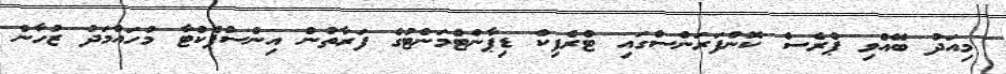
މިއަދު ބޭއްވި ޕްރެސް ކޮންފަރަންސްގައި ޓްރެފިކް ޑިޕާންޓްމަންޓުގެ ފަރާތުން އިންސްޕެކްޓާ މުހައްމަދު ޒުހާން